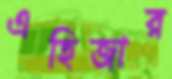
এহিজার